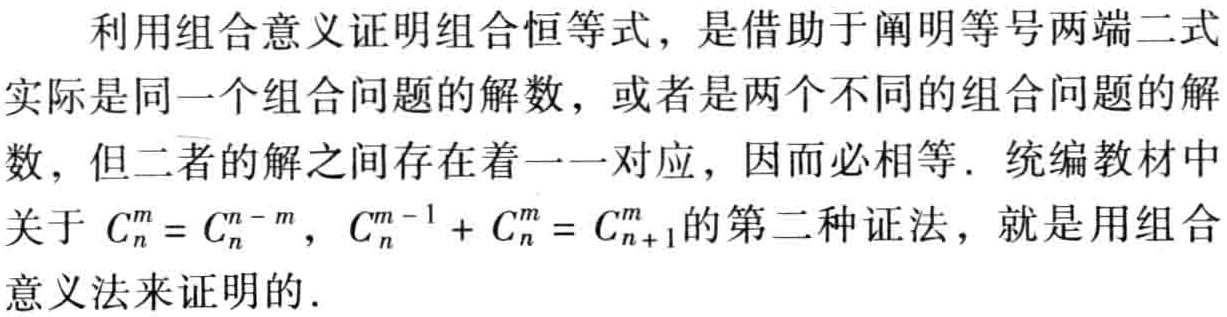
利用组合意义证明组合恒等式，是借助于阐明等号两端二式实际是同一个组合问题的解数，或者是两个不同的组合问题的解数，但二者的解之间存在着一一对应，因而必相等．统编教材中关于 \(C_{n}^{m}=C_{n}^{n - m}\)，\(C_{n}^{m - 1}+C_{n}^{m}=C_{n + 1}^{m}\) 的第二种证法，就是用组合意义法来证明的．